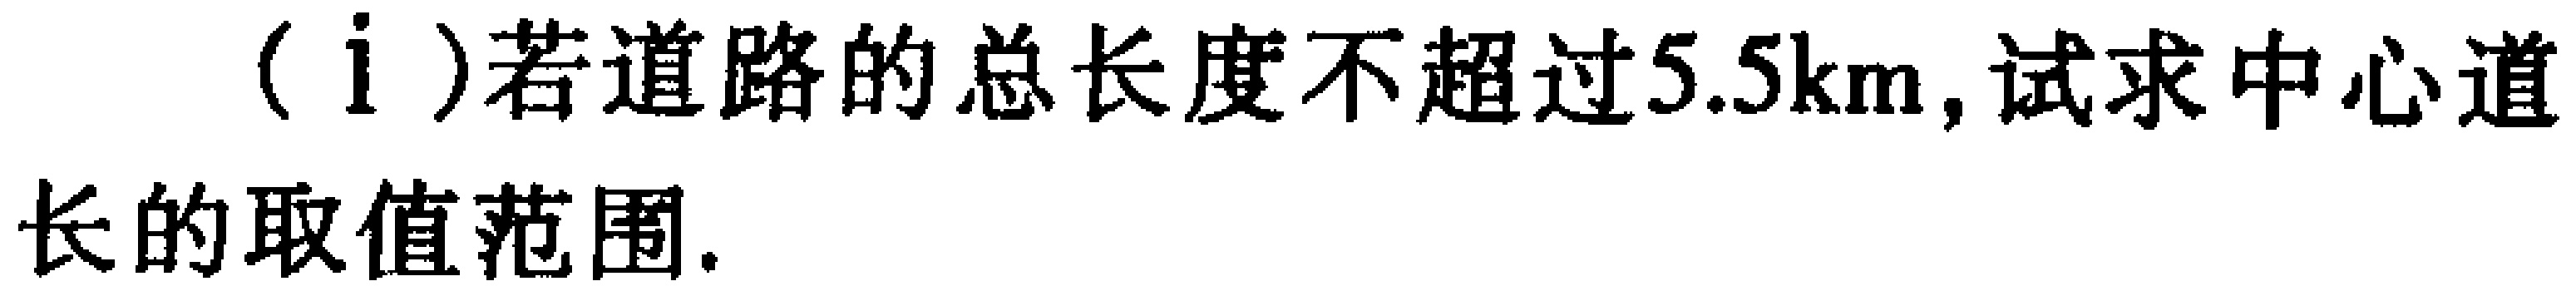
(i)若道路的总长度不超过$5.5\mathrm{km}$,试求中心道长的取值范围.